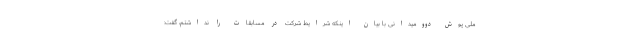
ملی پوش دوومیدانی با بیان اینکه شرایط شرکت در مسابقات را نداشتم، گفت: